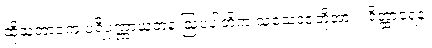
ထိုသဘာဝက ပရိပုဏ္ဏာယတန ဩပပါတိက သံသေဒဇတို့အား။ ဝိတ္ထာရေန၊